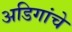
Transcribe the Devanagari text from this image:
अडिगांचे